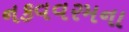
નકવવરમના